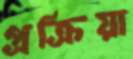
প্রক্রিয়া